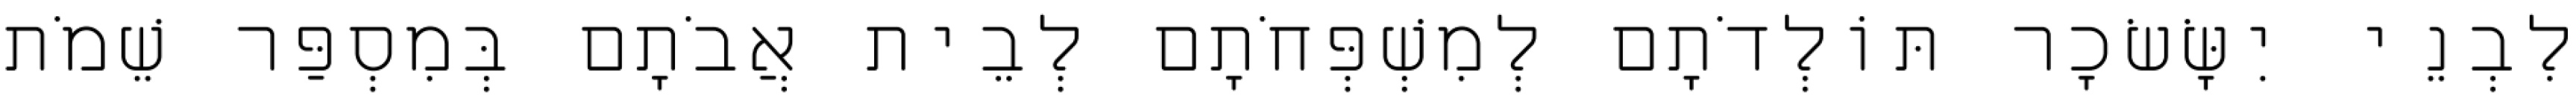
לִבְנֵי יִשָּׂשׂכָר תּוֹלְדֹתָם לְמִשְׁפְּחֹתָם לְבֵית אֲבֹתָם בְּמִסְפַּר שֵׁמֹת